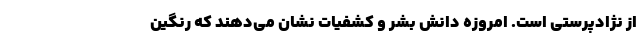
از نژادپرستی است. امروزه دانش بشر و کشفیات نشان می‌دهند که رنگین‌